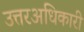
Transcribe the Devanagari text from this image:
उत्तरअधिकारी